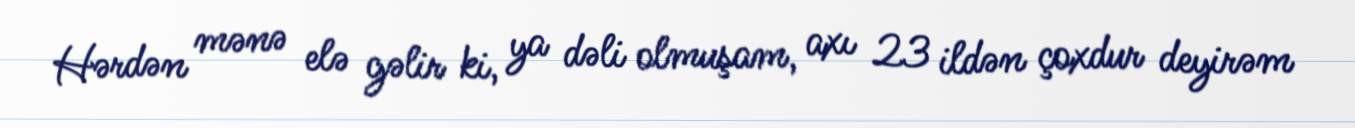
Hərdən mənə elə gəlir ki, ya dəli olmuşam, axı 23 ildən çoxdur deyirəm